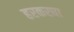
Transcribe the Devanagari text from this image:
हरकरघा